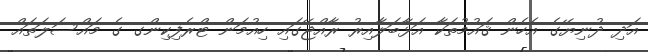
އަދި ދުނިޔޭގެ އެހެން ޤައުމުތަކާ އަޅާބަލާއިރު ރާއްޖޭގައި ހިއުމަން ޓްރެފިކިންގ ގެ މައްސަލަތައް